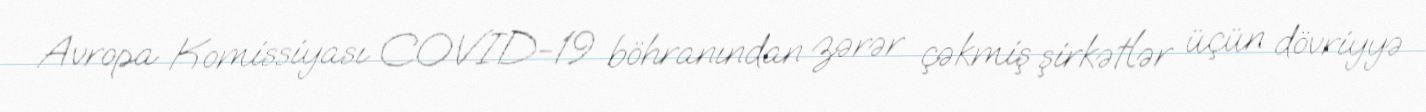
Avropa Komissiyası COVID-19 böhranından zərər çəkmiş şirkətlər üçün dövriyyə